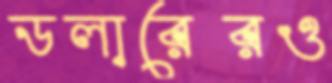
ডলারেরও